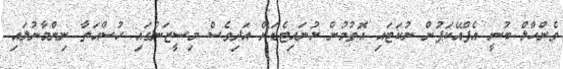
ވެންހާލް ބުނީ އެފްއޭކަޕުން ނުކަޓައި އޮތުމުން ޔުނައިޓެޑަށް އަދިވެސް މިސީޒަންގައި ހުސްއަތާ ނިންމާނުލައި